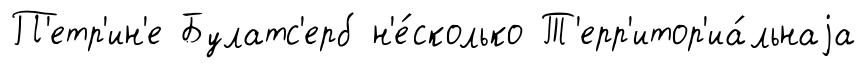
П'етр'ин'е Булатс'ерб н'е́сколько Т'ерр'итор'иа́льнаjа